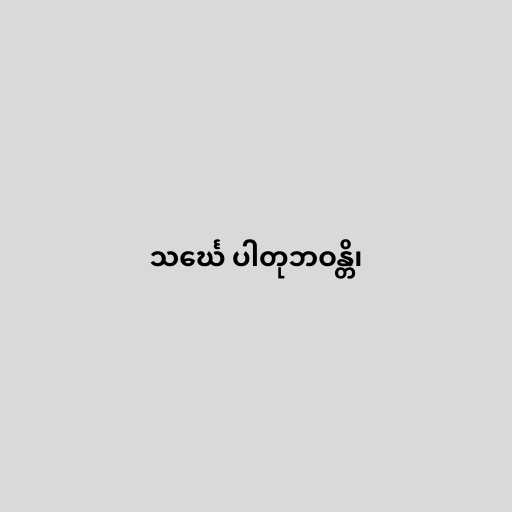
သင်္ဃေ ပါတုဘဝန္တိ၊